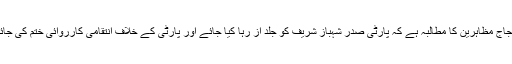
احتجاج مظاہرین کا مطالبہ ہے کہ پارٹی صدر شہباز شریف کو جلد از رہا کیا جائے اور پارٹی کے خلاف انتقامی کارروائی ختم کی جائے۔